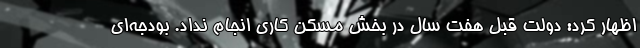
اظهار کرد: دولت قبل هفت سال در بخش مسکن کاری انجام نداد. بودجه‌ای